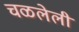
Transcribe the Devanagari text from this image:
चळलेली